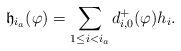
LaTeX: \begin{align*}\mathfrak{h}_{i_a}(\varphi) = \sum_{1\leq i<i_a}d^+_{i,0}(\varphi)h_i.\end{align*}